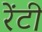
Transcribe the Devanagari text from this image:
रेंटी